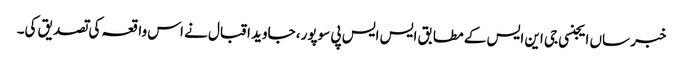
خبر ساں ایجنسی جی این ایس کے مطابق ایس ایس پی سوپور، جاوید اقبال نے اس واقعہ کی تصدیق کی۔